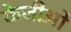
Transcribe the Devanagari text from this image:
केजीओ